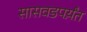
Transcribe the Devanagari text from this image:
सासवडपर्य़ंत